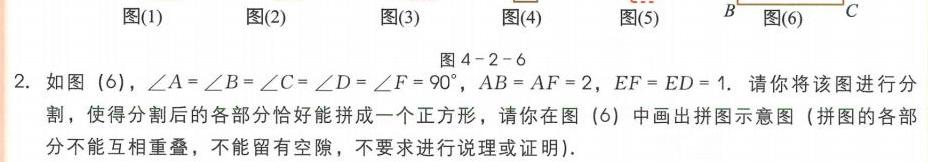
图(1)  图(2)  图(3)  图(4)  图(5)  \(\overset{B}{\text{————}}\overset{C}{\text{————}}\)图(6)
图4 - 2 - 6
2. 如图 (6)，\(\angle A=\angle B=\angle C=\angle D=\angle F = 90^{\circ}\)，\(AB = AF = 2\)，\(EF = ED = 1\). 请你将该图进行分割，使得分割后的各部分恰好能拼成一个正方形，请你在图 (6) 中画出拼图示意图（拼图的各部分不能互相重叠，不能留有空隙，不要求进行说理或证明）.